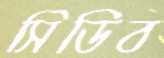
সিডিব